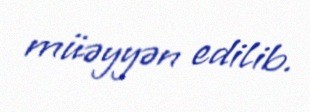
müəyyən edilib.